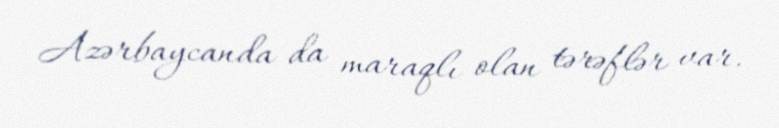
Azərbaycanda da maraqlı olan tərəflər var.